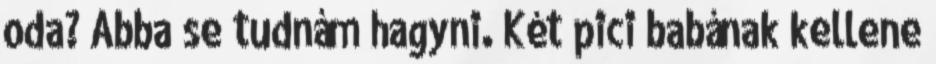
oda? Abba se tudnám hagyni. Két pici babának kellene